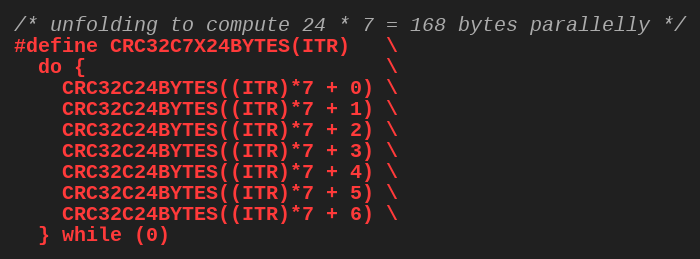
Language: C++
/* unfolding to compute 24 * 7 = 168 bytes parallelly */
#define CRC32C7X24BYTES(ITR)   \
  do {                         \
    CRC32C24BYTES((ITR)*7 + 0) \
    CRC32C24BYTES((ITR)*7 + 1) \
    CRC32C24BYTES((ITR)*7 + 2) \
    CRC32C24BYTES((ITR)*7 + 3) \
    CRC32C24BYTES((ITR)*7 + 4) \
    CRC32C24BYTES((ITR)*7 + 5) \
    CRC32C24BYTES((ITR)*7 + 6) \
  } while (0)